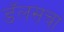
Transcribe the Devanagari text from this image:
डॅलसचा